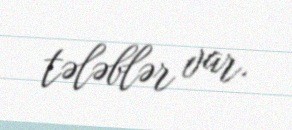
tələblər var.